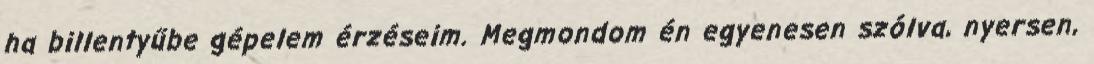
ha billentyűbe gépelem érzéseim. Megmondom én egyenesen szólva, nyersen,